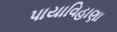
પાયાવિહાણા